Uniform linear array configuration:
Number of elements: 64
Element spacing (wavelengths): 0.5
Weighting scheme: hamming
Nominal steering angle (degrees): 30
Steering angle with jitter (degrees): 28.384
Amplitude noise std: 0.05
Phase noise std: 0.05

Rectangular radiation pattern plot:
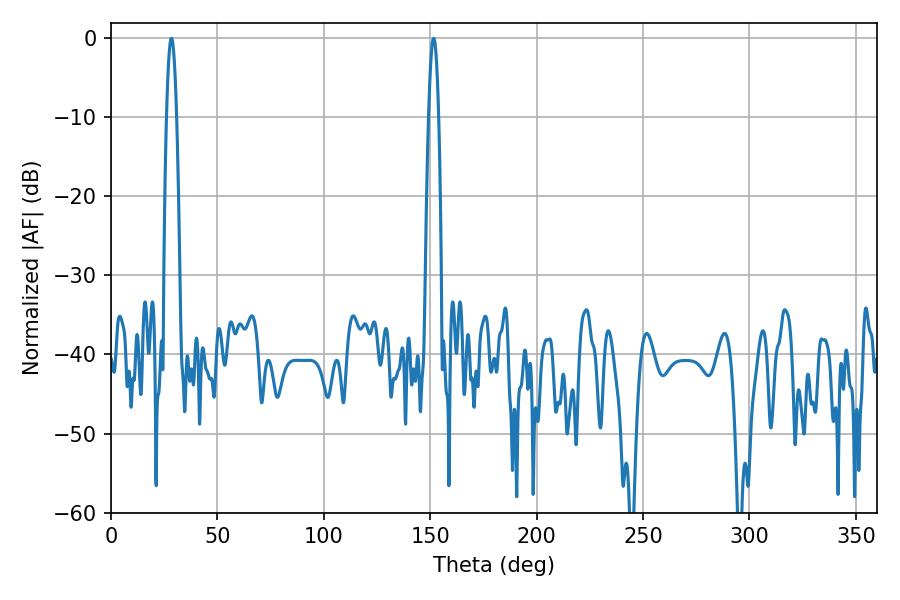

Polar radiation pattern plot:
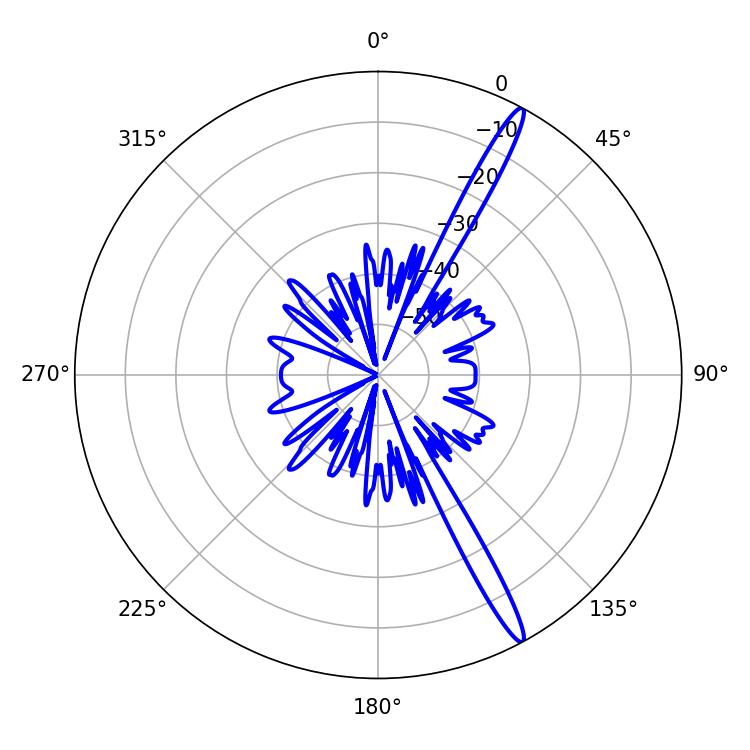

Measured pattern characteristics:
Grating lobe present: FALSE
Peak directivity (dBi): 16.262
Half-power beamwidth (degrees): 2.52
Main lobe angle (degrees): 151.56